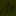
Text: 1n